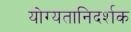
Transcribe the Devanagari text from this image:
योग्यतानिदर्शक